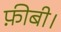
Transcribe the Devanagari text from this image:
फ़ीबी।